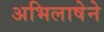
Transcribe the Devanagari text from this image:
अभिलाषेने